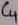
Text: C4